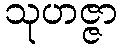
သုဟဇ္ဇာ